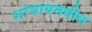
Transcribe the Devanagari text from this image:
शांघायमधील